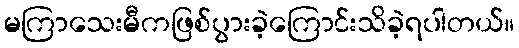
မကြာသေးမီကဖြစ်ပွားခဲ့ကြောင်းသိခဲ့ရပါတယ်။